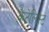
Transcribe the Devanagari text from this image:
कैटेलिस्ट